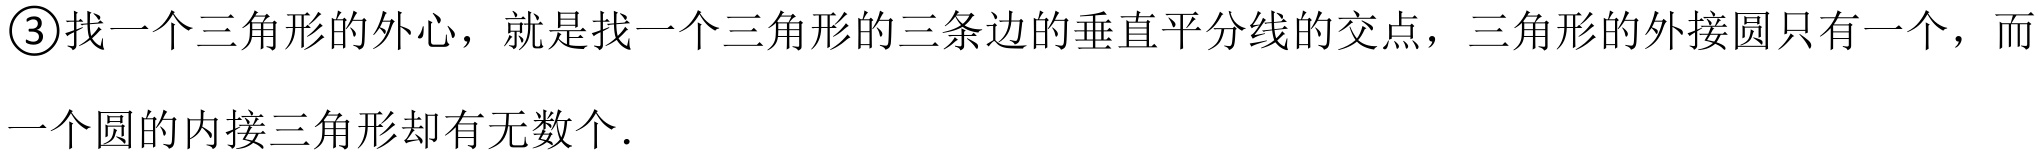
\textcircled{3}找一个三角形的外心，就是找一个三角形的三条边的垂直平分线的交点，三角形的外接圆只有一个，而一个圆的内接三角形却有无数个.